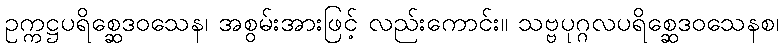
ဥက္ကဋ္ဌပရိစ္ဆေဒဝသေန၊ အစွမ်းအားဖြင့် လည်းကောင်း။ သဗ္ဗပုဂ္ဂလပရိစ္ဆေဒဝသေနစ၊